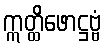
ဣတ္ထိဖောဋ္ဌဗ္ဗံ